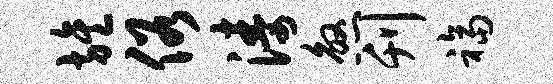
旌俗涛煞刊福